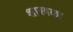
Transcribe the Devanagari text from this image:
शास्त्रका